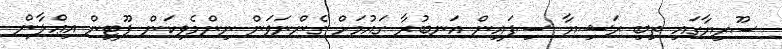
ސޫރިޔާގައި ތިބި ރަޝިޔާ ސިފައިން އަނބުރާ ގައުމަށް ގެންނަވަން ނިންމެވިކަން ޕޫޓިން އިޢްލާން